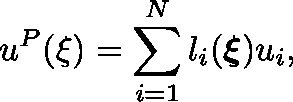
u ^ { P } ( \mathbf { \xi } ) = \sum _ { i = 1 } ^ { N } l _ { i } ( \boldsymbol { \xi } ) u _ { i } ,